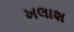
ખલાશ